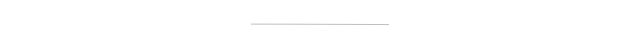
---------------------------------------------------------------------